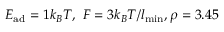
E _ { \mathrm { a d } } = 1 k _ { B } T , ~ F = 3 k _ { B } T / l _ { \mathrm { m i n } } , \rho = 3 . 4 5 \